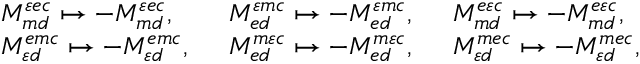
\begin{array} { l l l } { M _ { m d } ^ { \varepsilon e c } \mapsto - M _ { m d } ^ { \varepsilon e c } , \enspace } & { M _ { e d } ^ { \varepsilon m c } \mapsto - M _ { e d } ^ { \varepsilon m c } , \enspace } & { M _ { m d } ^ { e \varepsilon c } \mapsto - M _ { m d } ^ { e \varepsilon c } , \enspace } \\ { M _ { \varepsilon d } ^ { e m c } \mapsto - M _ { \varepsilon d } ^ { e m c } , \enspace } & { M _ { e d } ^ { m \varepsilon c } \mapsto - M _ { e d } ^ { m \varepsilon c } , \enspace } & { M _ { \varepsilon d } ^ { m e c } \mapsto - M _ { \varepsilon d } ^ { m e c } , } \end{array}